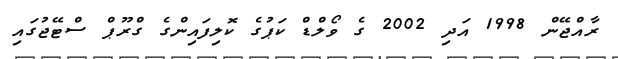
ރާއްޖޭން 1998 އަދި 2002 ގެ ވޯލްޑް ކަޕުގެ ކޮލިފައިންގެ ގްރޫޕް ސްޓޭޖުގައި